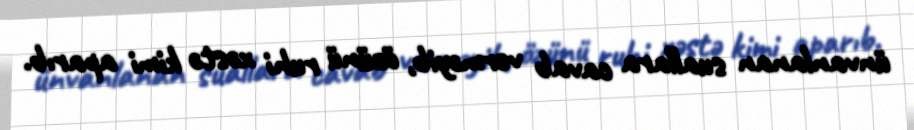
ünvanlanan suallara cavab verməyib, özünü ruhi xəstə kimi aparıb.